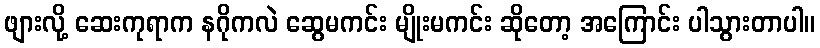
ဖျားလို့ ဆေးကုရာက နဂိုကလဲ ဆွေမကင်း မျိုးမကင်း ဆိုတော့ အကြောင်း ပါသွားတာပါ။